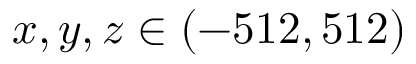
x , y , z \in ( - 5 1 2 , 5 1 2 )